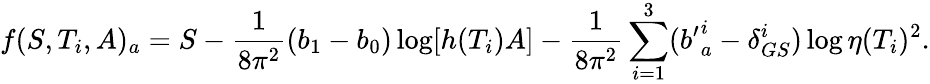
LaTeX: f(S,T_{i},A)_{a}=S-{\frac{1}{8\pi^{2}}}(b_{1}-b_{0})\log\lbrack h(T_{i})A\rbrack-{\frac{1}{8\pi^{2}}}\sum_{i=1}^{3}({b^{\prime}}_{a}^{i}-\delta_{GS}^{i})\log\eta(T_{i})^{2}{}.